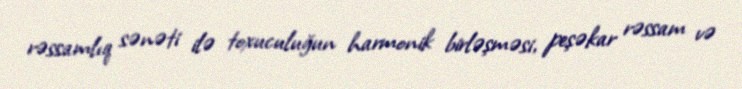
rəssamlıq sənəti ilə toxuculuğun harmonik birləşməsi, peşəkar rəssam və